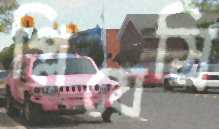
প্লিয়েস্রি